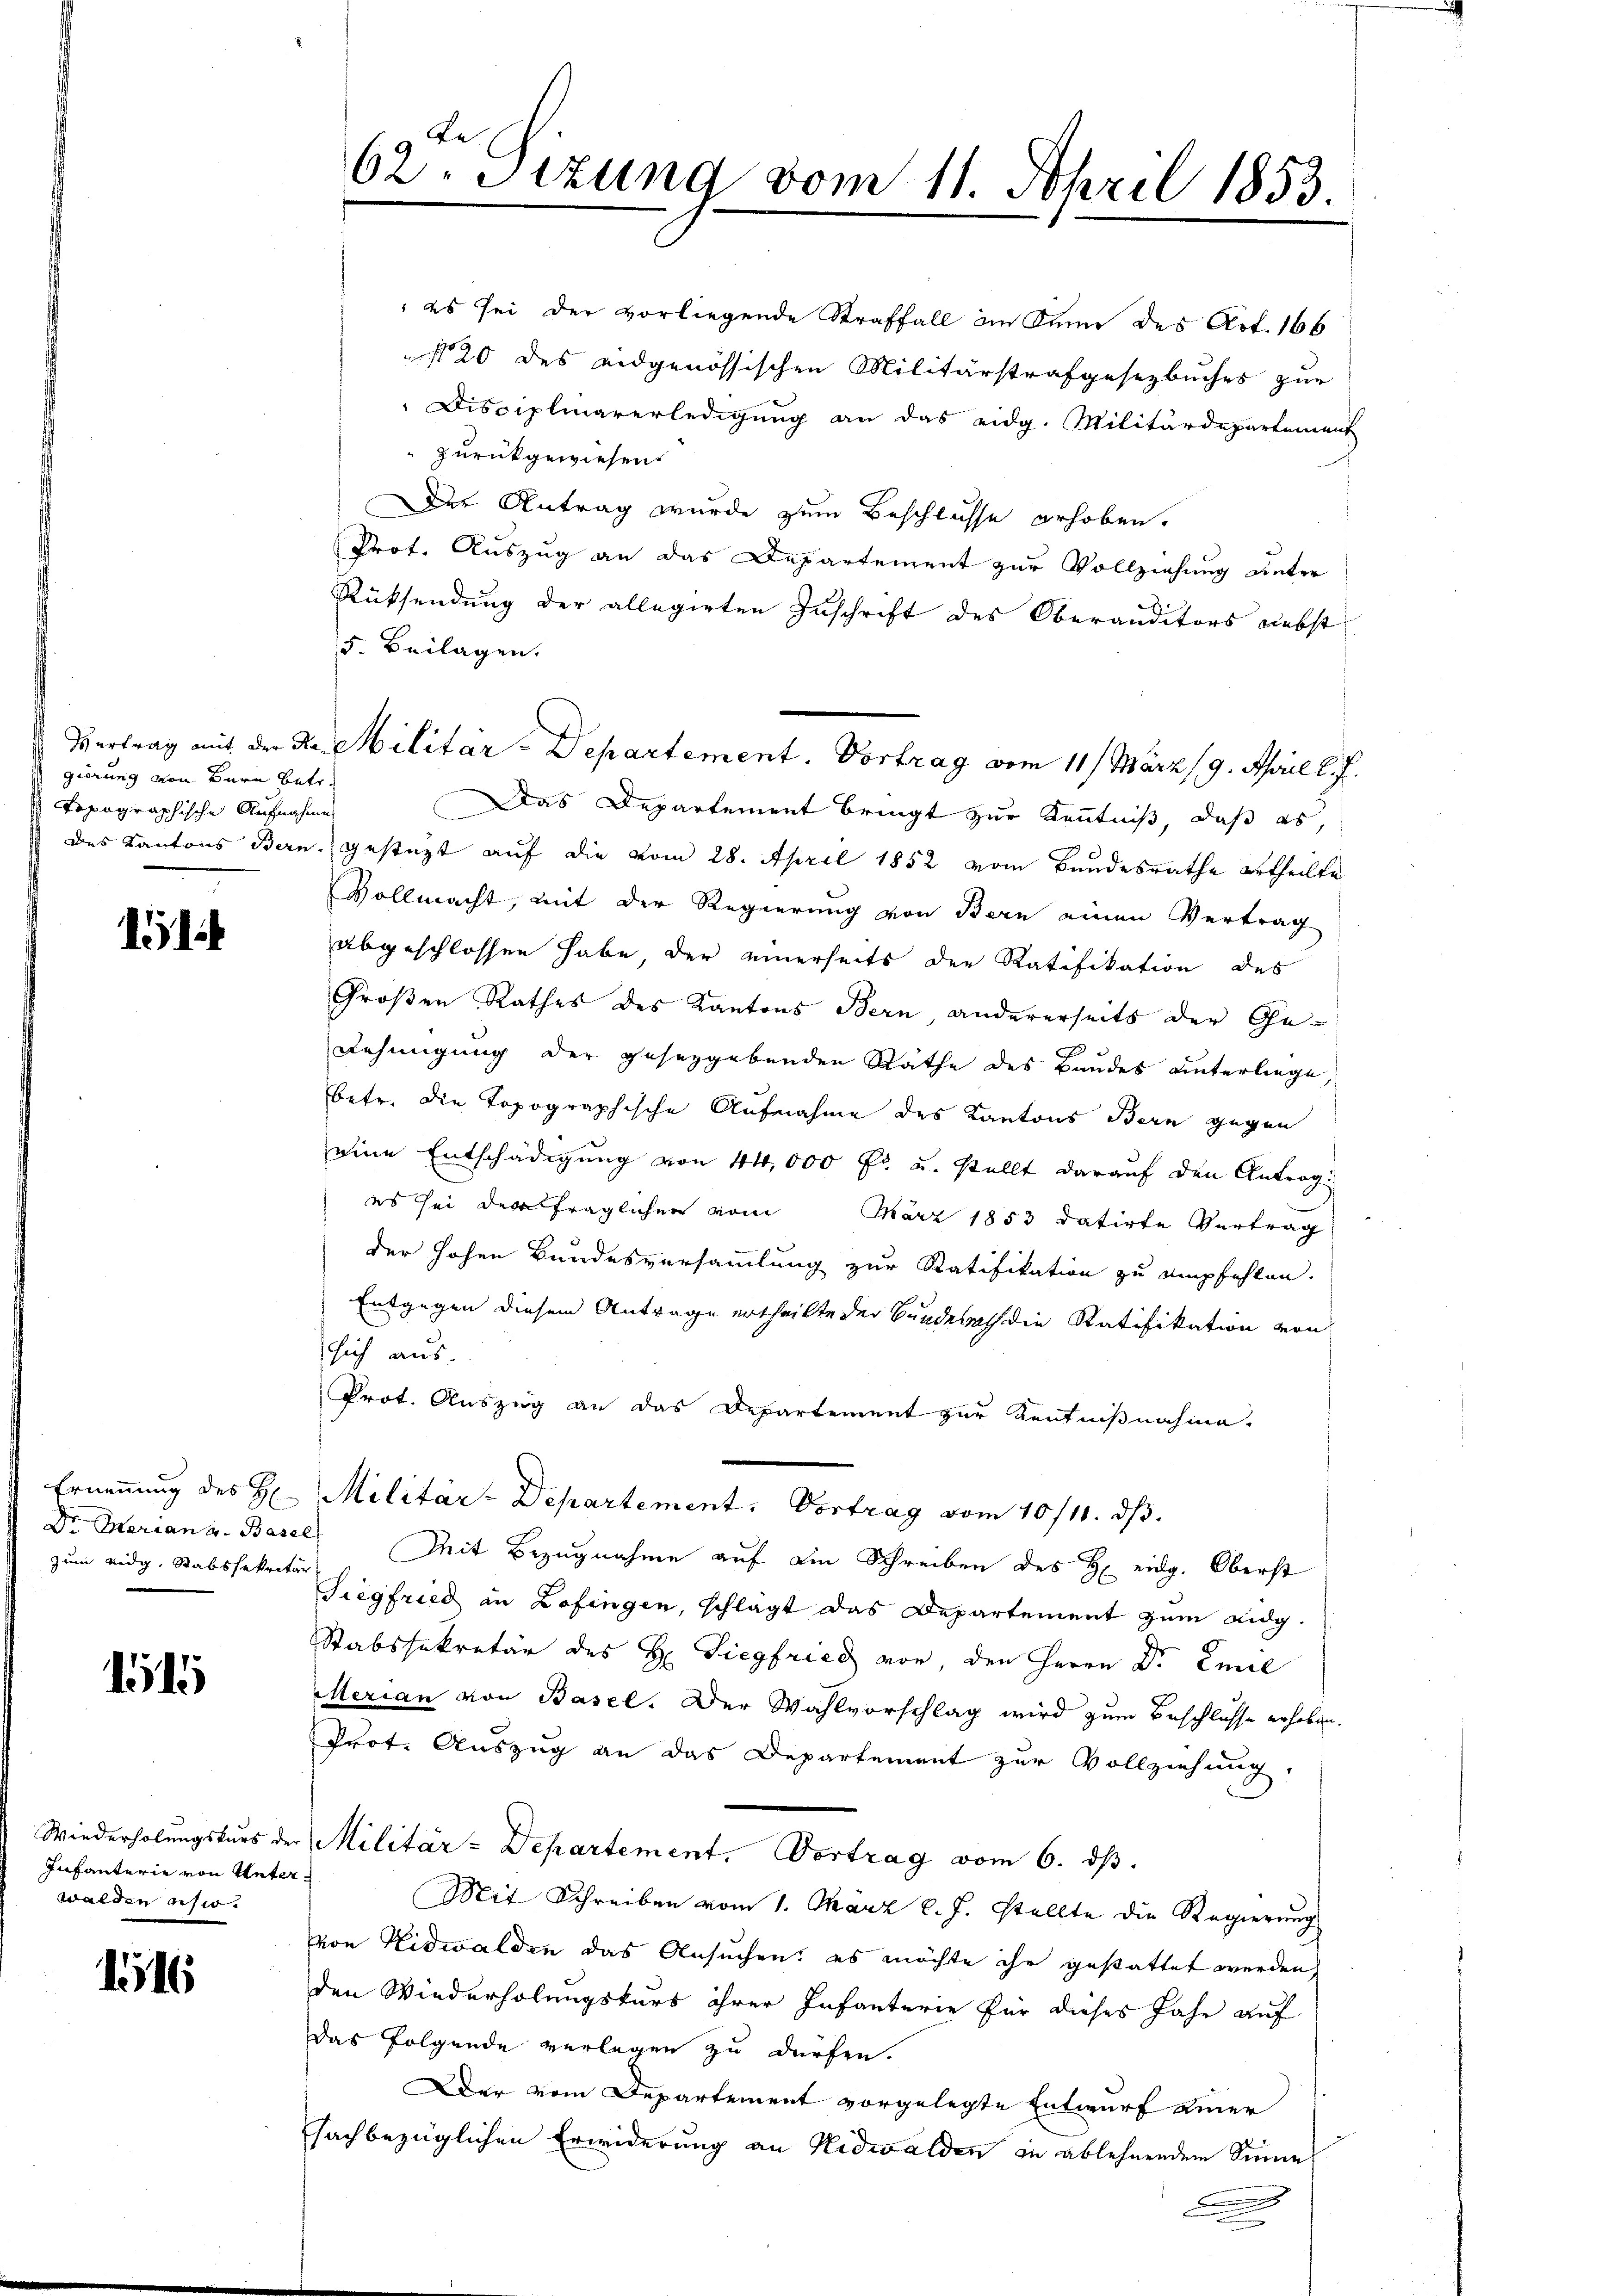
gierung von Bern betr.
Topographische Aufnahmen

1

zum eidg. Stabssekretär

1515

Infanterie von Unter
walden gesio.

146

62. Sitzung vom 11. April 1853.

Rücksendung der allegirten Zuschrift des Oberanditors nebst
5. Beilagen.
Das Departement bringt zur Kenntniß, daß es
des Kantons Bern, gestüzt auf die vom 28. April 1852 vom Bundesrathe ertheilte
Vollmacht, mit der Regierung von Bern einen Vertrag
abgeschlossen habe, der einerseits der Ratifikation des
Großen Rathes des Kantons Bern andererseits der Ge¬
Rehmigung der gesezgebenden Räthe des Baudes unterliege,
betr. die Topographische Aufnahme des Kantons Bern gegen
eine Entschädigung von 44,000 Fr. u. stellt darauf den Antrag:
es sei der fraglichen vom März 1853 datirte Vertrag
der hohen Bundesversammlung zur Ratifikation zu empfehlen.
Entgegen diesem Antrage ertheilte der Bundesach die Ratifikation von
sich aus.
Prot. Auszug an das Departement zur Kenntnißnahme.
Erneṅŭng des H. Militär-Departement. Vortrag vom 10/11. dβ.
Dr. Mariana Basel, Mit Bezugnahme auf ein Schreiben des H. eidg. Oberst
Tiegfried in Zofingen, schlägt das Departement zum Lidg.
Stabssekretär des H. Siegfried vor, den Herrn Dr Emil
Merian von Basel. Der Wahlvorschlag wird zum Beschlüsse erhoben.
Prot. Auszug an das Departement zur Vollziehung.
Wiederholŭngskŭrs der Militär-Departement. Vortrag vom 6. dβ.
Mit Schreiben vom 1. März l. J. stellte die Regierung
von Nidwalden das Ansuchen, es möchte ihr gestattet werden,
den Wiederholungskurs ihrer Infanterie für dieses Jahr auf
Das Folgende verlegen zu dürfen.
Der vom Departement vorgelegte Entwurf einer
sachbezüglichen Erwiderung an Nidwalden zu ablehnendem Sinne
.
e

Vertrag mit der da. Militär-Departement. Vortrag vom 11. März 9. April l. J.

es sei der vorliegende Straffall in dann des Art. 166
 20 des eidgenössischen Militärstrafgesetzbuches zur
Disciplinarerledigung an das eidg. Militärdepartement
 zurückgewiesen.
Der Antrag wurde zum Beschlüsse erhoben.
Prot. Auszug an das Departement zur Vollziehung unter